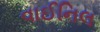
વાઈનિલ